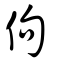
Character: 佝